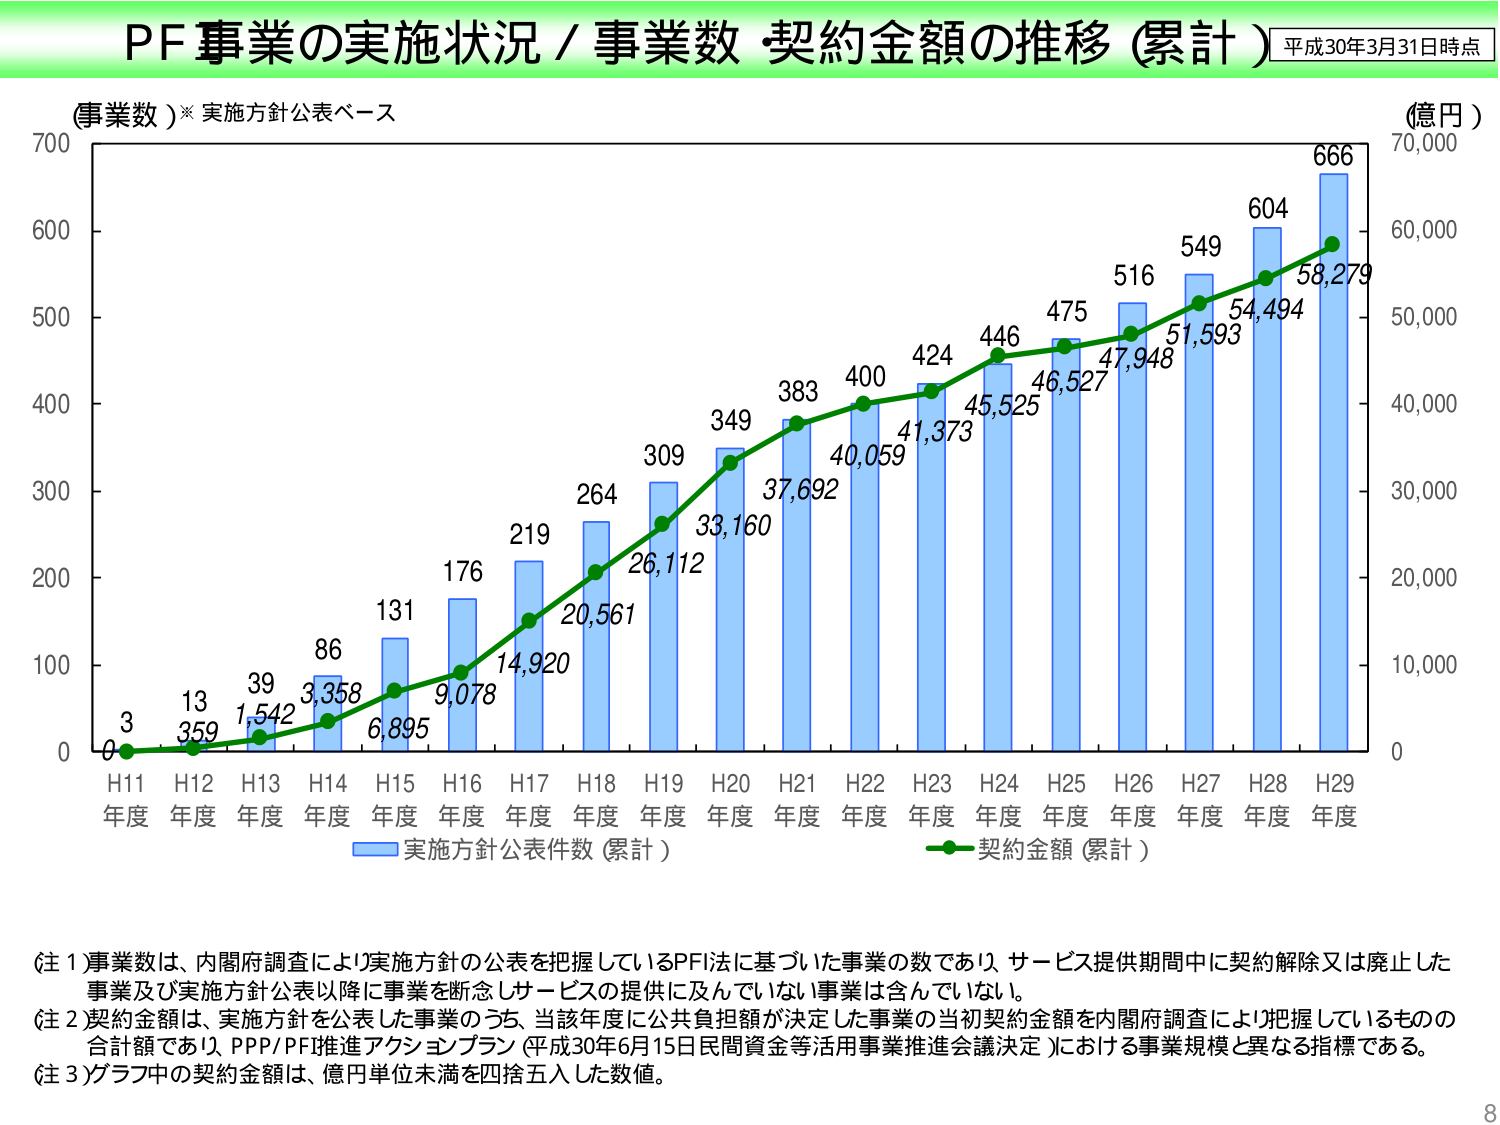
PF事業の実施状況／事業数 契約金額の推移（累計） 平成30年3月31日時点
（事業数）※実施方針公表ベース
（億円）
700
600
500
400
300
200
100
0
H11年度 3
H12年度 13
H13年度 39
H14年度 86
H15年度 131
H16年度 176
H17年度 219
H18年度 264
H19年度 309
H20年度 349
H21年度 383
H22年度 400
H23年度 424
H24年度 446
H25年度 475
H26年度 516
H27年度 549
H28年度 604
H29年度 666
359
1,542
3,358
6,895
9,078
14,920
20,561
26,112
33,160
37,692
40,059
41,373
45,525
46,527
47,948
51,593
54,494
58,279
70,000
60,000
50,000
40,000
30,000
20,000
10,000
0
実施方針公表件数（累計）
契約金額（累計）
（注1）事業数は、内閣府調査により実施方針の公表を把握しているPFI法に基づいた事業の数であり、サービス提供期間中に契約解除又は廃止した事業及び実施方針公表以降に事業を断念しサービスの提供に及んでいない事業は含んでいない。
（注2）契約金額は、実施方針を公表した事業のうち、当該年度に公共負担額が決定した事業の当初契約金額を内閣府調査により把握しているものの合計額であり、PPP/PF推進アクションプラン（平成30年6月15日民間資金等活用事業推進会議決定）における事業規模と異なる指標である。
（注3）グラフ中の契約金額は、億円単位未満を四捨五入した数値。
8